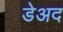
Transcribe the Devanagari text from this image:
डेअद